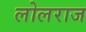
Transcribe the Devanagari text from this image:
लोलराज